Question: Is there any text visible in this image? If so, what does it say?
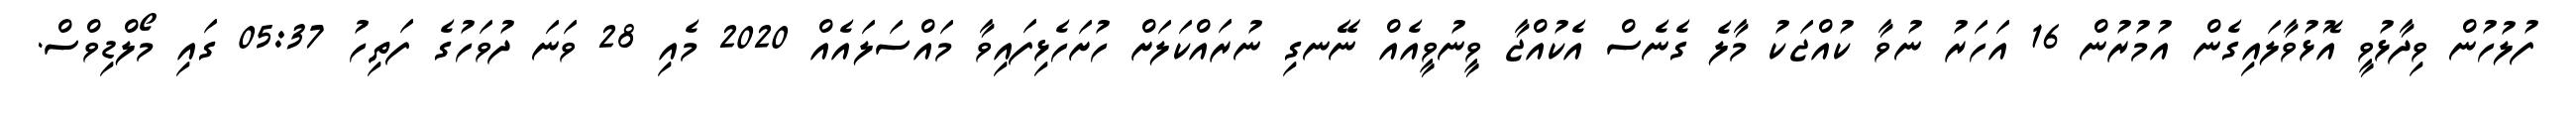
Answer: ފުލުހުން ވިދާޅުވީ އޮޅުވާލައިގެން އުމުރުން 16 އަހަރު ނުވާ ކުއްޖަކު މާލެ ގެނެސް އެކުއްޖާ ވީނުވީއެއް ނޭނގި ނުރައްކަލަށް ހުށަހެޅިފައިވާ މައްސަލައެއް 2020 މެއި 28 ވަނަ ދުވަހުގެ ފަތިހު 05:37 ގައި މޯލްޑިވްސް.